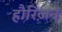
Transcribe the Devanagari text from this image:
हौरिज़न